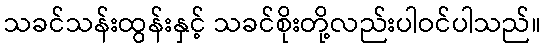
သခင်သန်းထွန်းနှင့် သခင်စိုးတို့လည်းပါဝင်ပါသည်။